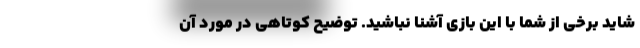
شاید برخی از شما با این بازی آشنا نباشید. توضیح کوتاهی در مورد آن